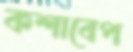
কশাবেপ